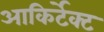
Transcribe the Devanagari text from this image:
आकिर्टेक्ट